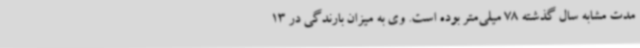
مدت مشابه سال گذشته 78 میلی‌متر بوده است. وی به میزان بارندگی در 13